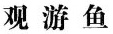
观游鱼